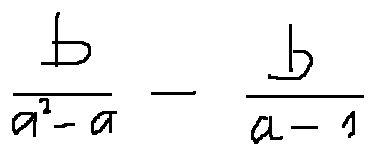
\frac { b } { a ^ { 2 } - a } - \frac { b } { a - 1 }